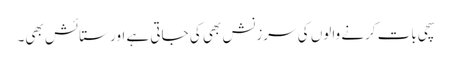
سچی بات کرنے والوں کی سرزنش بھی کی جاتی ہے اور ستائش بھی۔